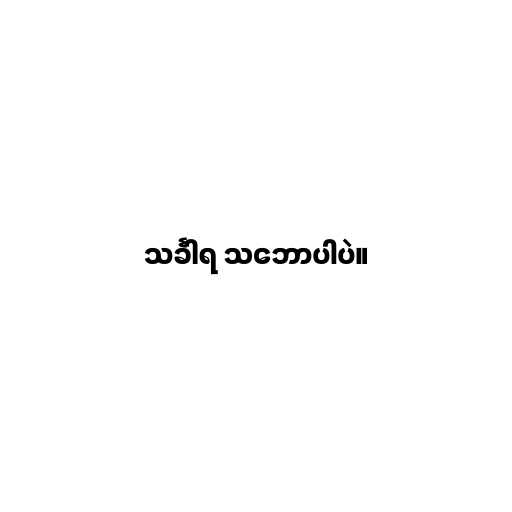
သင်္ခါရ သ‌ဘောပါပဲ။